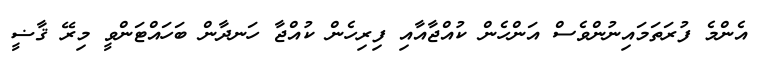
އެންމެ ފުރަތަމައިނުންވެސް އަންހެން ކުއްޖާއާއި ފިރިހެން ކުއްޖާ ހަނދާން ބަހައްޓަންވީ މިރޭ ޤާޟީ